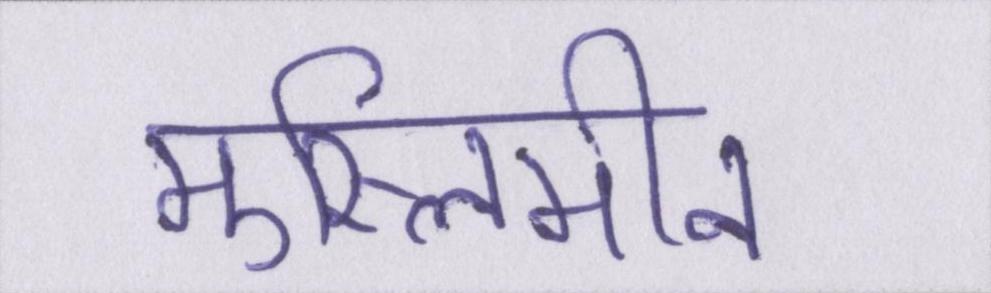
मुस्लिमीन